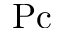
\mathrm { P c }